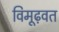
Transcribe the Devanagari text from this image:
विमूढ़वत